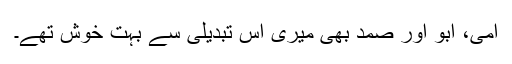
امی، ابو اور صمد بھی میری اس تبدیلی سے بہت خوش تھے۔